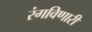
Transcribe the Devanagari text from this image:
रंगविणारी